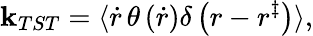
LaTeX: \mathbf{k}_{TST}=\langle\dot{{r}}\, \theta\left(\dot{{r}}\right)\delta\left(r-r^{\ddagger}\right)\rangle,